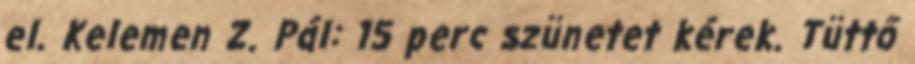
el. Kelemen Z. Pál: 15 perc szünetet kérek. Tüttő